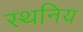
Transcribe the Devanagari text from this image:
स्थनिय